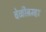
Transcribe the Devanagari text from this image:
वेळीब्रम्हा